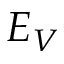
E _ { V }